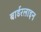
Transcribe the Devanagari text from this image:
बार्डरलाइन